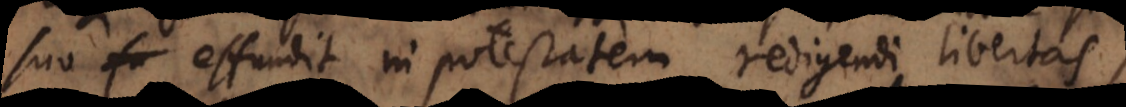
suo effundit in potestatem redigendi libertas,